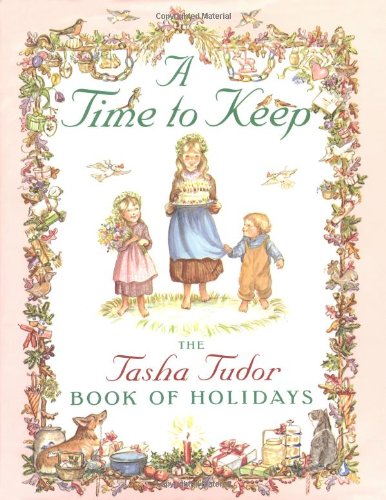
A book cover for A Time to Keep; Tasha Tudor; Politics & Social Sciences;